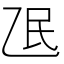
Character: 𬼢